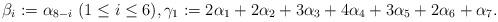
LaTeX: \begin{align*}\beta_i:=\alpha_{8-i}\ (1\leq i\leq 6),\gamma_1:=2\alpha_1+2\alpha_2+3\alpha_3+4\alpha_4+3\alpha_5+2\alpha_6+\alpha_7.\end{align*}